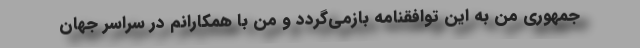
جمهوری من به این توافقنامه بازمی‌گردد و من با همکارانم در سراسر جهان